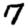
Digit: 7